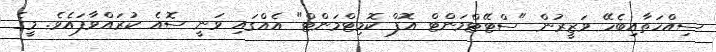
ސިއްހަތާއިބެހޭ ވަޒީރުން "ސްޓޭޓްމަންޓް އޮފް ކޮމިޓްމަންޓް" އެއްގައި ވަނީ ސޮއެ ކުރައްވާފައެވެ. މީގެ